Vaccination in Bombay 1856-1862 - 1856-1862
Year: 1856
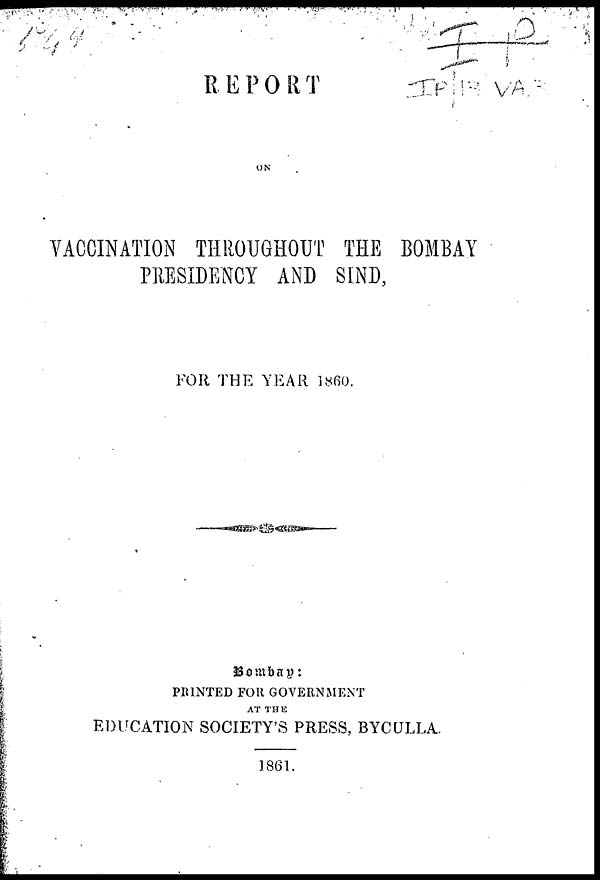
REPORT
ON
VACCINATION THROUGHOUT THE BOMBAY
PRESIDENCY AND SIND,
FOR THE YEAR 1860.
Bombay:
PRINTED FOR GOVERNMENT
AT THE
EDUCATION SOCIETY'S PRESS, BYCULLA.
1861.